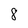
Character: 8